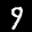
Label: 9